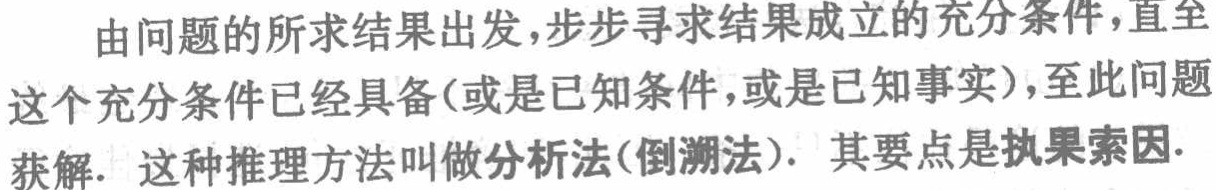
由问题的所求结果出发,步步寻求结果成立的充分条件,直至这个充分条件已经具备(或是已知条件,或是已知事实),至此问题获解. 这种推理方法叫做分析法(倒溯法). 其要点是执果索因.